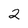
Character: 2